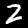
Digit: 2